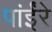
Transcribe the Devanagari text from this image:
पांईंरे